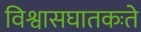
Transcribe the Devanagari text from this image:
विश्वासघातकःते